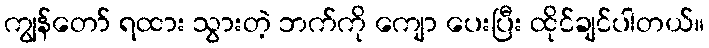
ကျွန်တော် ရထား သွားတဲ့ ဘက်ကို ကျော ပေးပြီး ထိုင်ချင်ပါတယ်။